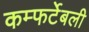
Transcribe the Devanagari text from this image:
कम्फर्टेबली